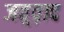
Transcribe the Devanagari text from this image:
जव़्व़ाद